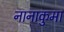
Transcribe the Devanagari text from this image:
नानाकुमा